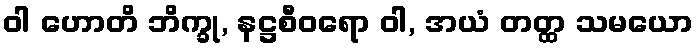
ဝါ ဟောတိ ဘိက္ခု, နဋ္ဌစီဝရော ဝါ, အယံ တတ္ထ သမယော